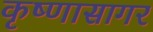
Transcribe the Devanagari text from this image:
कृष्णासागर